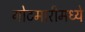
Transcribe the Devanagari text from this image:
गोटमारीमध्ये